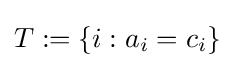
T:=\{i:a_{i}=c_{i}\}